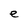
Character: e